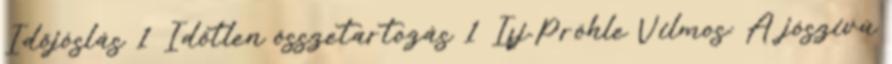
Időjóslás 1 Időtlen összetartozás 1 Ifj.Pröhle Vilmos: A jószivü